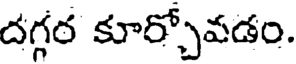
దగ్గర కూర్చోవడం.